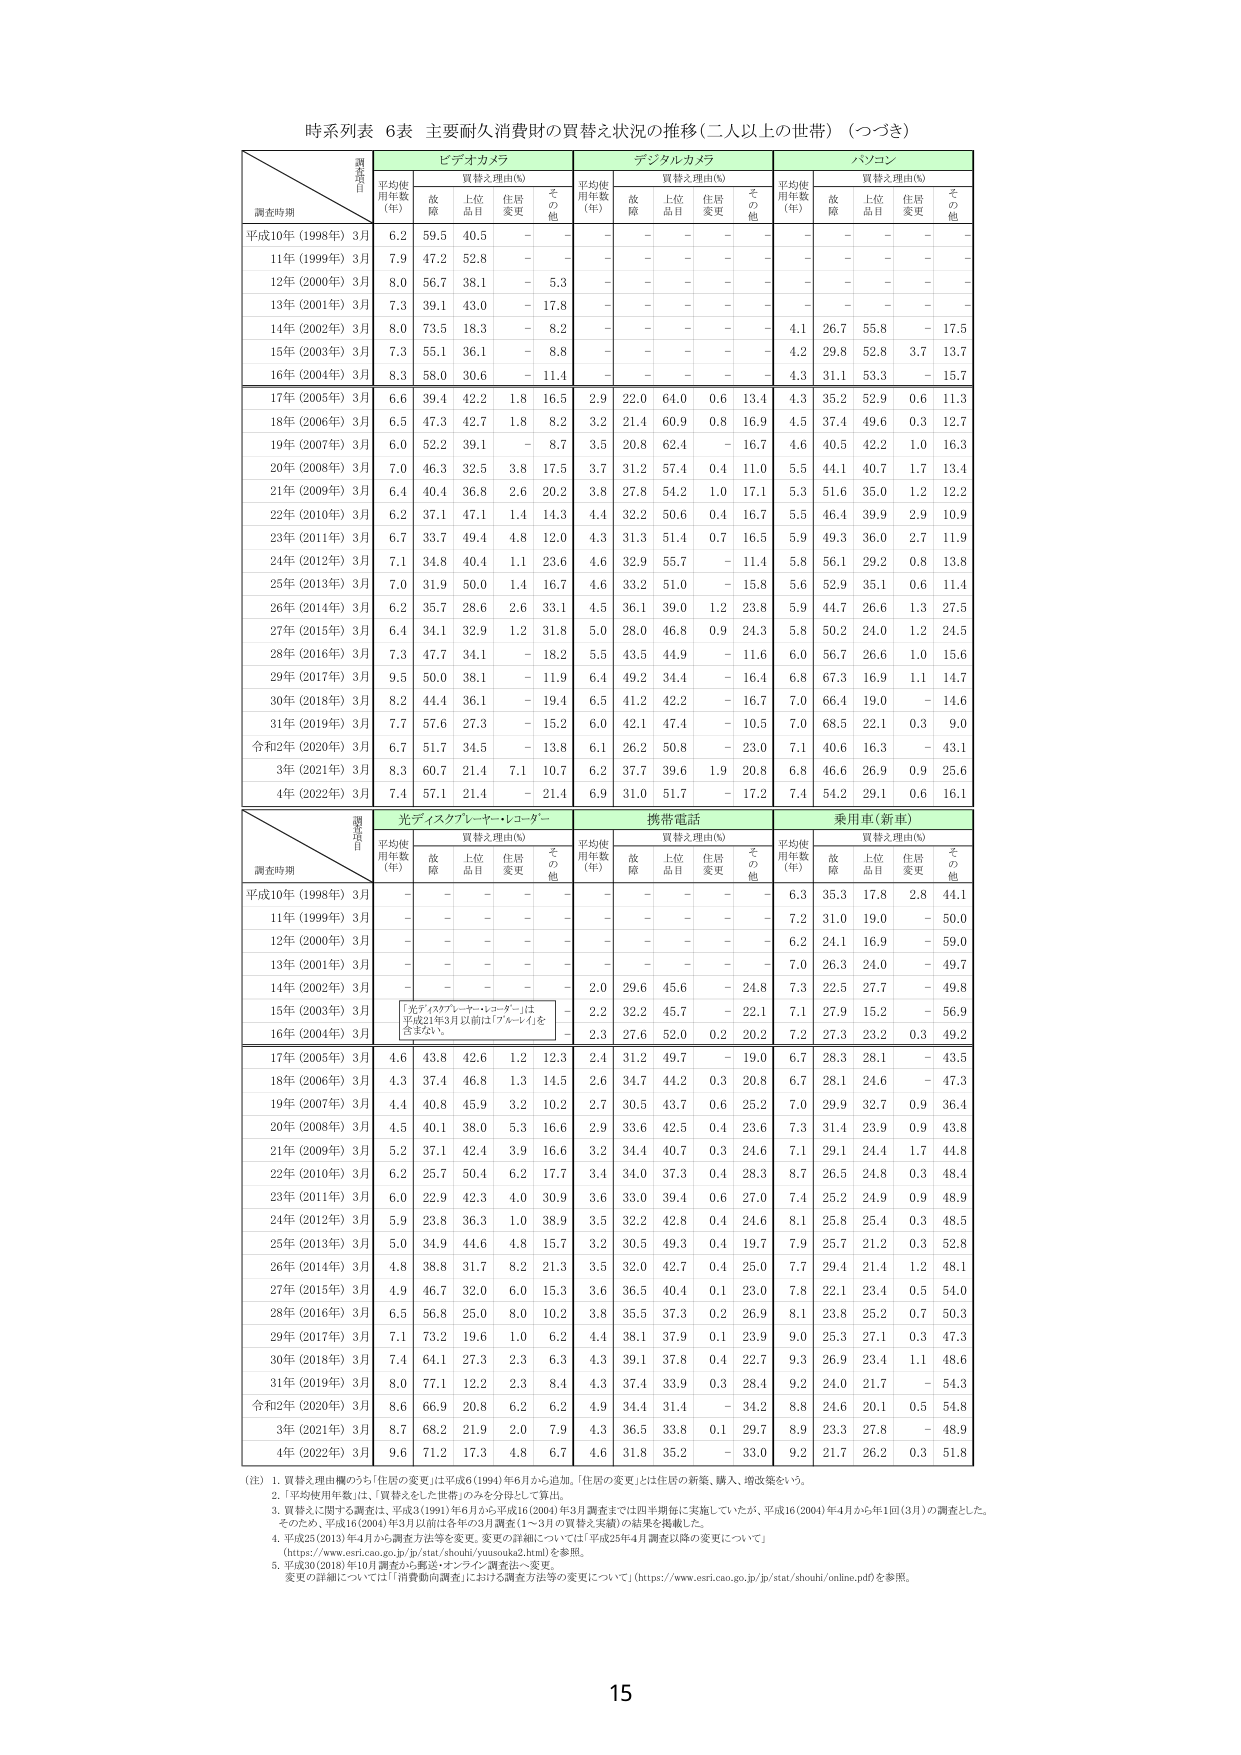
時系列表 6表 主要耐久消費財の買替え状況の推移（二人以上の世帯）（つづき）

調査項目
調査時期
ビデオカメラ
デジタルカメラ
パソコン
平均使用年数（年）
買替え理由（%）
平均使用年数（年）
買替え理由（%）
平均使用年数（年）
買替え理由（%）
故障
上位品目
住居変更
その他
故障
上位品目
住居変更
その他
故障
上位品目
住居変更
その他
平成10年（1998年）3月
6.2
59.5
40.5
－
－
－
－
－
－
－
－
－
－
－
－
－
－
－
11年（1999年）3月
7.9
47.2
52.8
－
－
－
－
－
－
－
－
－
－
－
－
－
－
－
12年（2000年）3月
8.0
56.7
38.1
－
5.3
－
－
－
－
－
－
－
－
－
－
－
－
－
13年（2001年）3月
7.3
39.1
43.0
－
17.8
－
－
－
－
－
－
－
－
－
－
－
－
－
14年（2002年）3月
8.0
73.5
18.3
－
8.2
－
－
－
－
－
4.1
26.7
55.8
－
17.5
15年（2003年）3月
7.3
55.1
36.1
－
8.8
－
－
－
－
－
4.2
29.8
52.8
3.7
13.7
16年（2004年）3月
8.3
58.0
30.6
－
11.4
－
－
－
－
－
4.3
31.1
53.3
－
15.7
17年（2005年）3月
6.6
39.4
42.2
1.8
16.5
2.9
22.0
64.0
0.6
13.4
4.3
35.2
52.9
0.6
11.3
18年（2006年）3月
6.5
47.3
42.7
1.8
8.2
3.2
21.4
60.9
0.8
16.9
4.5
37.4
49.6
0.3
12.7
19年（2007年）3月
6.0
52.2
39.1
－
8.7
3.5
20.8
62.4
－
16.7
4.6
40.5
42.2
1.0
16.3
20年（2008年）3月
7.0
46.3
32.5
3.8
17.5
3.7
31.2
57.4
0.4
11.0
5.5
44.1
40.7
1.7
13.4
21年（2009年）3月
6.4
40.4
36.8
2.6
20.2
3.8
27.8
54.2
1.0
17.1
5.3
51.6
35.0
1.2
12.2
22年（2010年）3月
6.2
37.1
47.1
1.4
14.3
4.4
32.2
50.6
0.4
16.7
5.5
46.4
39.9
2.9
10.9
23年（2011年）3月
6.7
33.7
49.4
4.8
12.0
4.3
31.3
51.4
0.7
16.5
5.9
49.3
36.0
2.7
11.9
24年（2012年）3月
7.1
34.8
40.4
1.1
23.6
4.6
32.9
55.7
－
11.4
5.8
56.1
29.2
0.8
13.8
25年（2013年）3月
7.0
31.9
50.0
1.4
16.7
4.6
33.2
51.0
－
15.8
5.6
52.9
35.1
0.6
11.4
26年（2014年）3月
6.2
35.7
28.6
2.6
33.1
4.5
36.1
39.0
1.2
23.8
5.9
44.7
26.6
1.3
27.5
27年（2015年）3月
6.4
34.1
32.9
1.2
31.8
5.0
28.0
46.8
0.9
24.3
5.8
50.2
24.0
1.2
24.5
28年（2016年）3月
7.3
47.7
34.1
－
18.2
5.5
43.5
44.9
－
11.6
6.0
56.7
26.6
1.0
15.6
29年（2017年）3月
9.5
50.0
38.1
－
11.9
6.4
49.2
34.4
－
16.4
6.8
67.3
16.9
1.1
14.7
30年（2018年）3月
8.2
44.4
36.1
－
19.4
6.5
41.2
42.2
－
16.7
7.0
66.4
19.0
－
14.6
31年（2019年）3月
7.7
57.6
27.3
－
15.2
6.0
42.1
47.4
－
10.5
7.0
68.5
22.1
0.3
9.0
令和2年（2020年）3月
6.7
51.7
34.5
－
13.8
6.1
26.2
50.8
－
23.0
7.1
40.6
16.3
－
43.1
3年（2021年）3月
8.3
60.7
21.4
7.1
10.7
6.2
37.7
39.6
1.9
20.8
6.8
46.6
26.9
0.9
25.6
4年（2022年）3月
7.4
57.1
21.4
－
21.4
6.9
31.0
51.7
－
17.2
7.4
54.2
29.1
0.6
16.1

調査項目
調査時期
光ディスクプレーヤー・レコーダー
携帯電話
乗用車（新車）
平均使用年数（年）
買替え理由（%）
平均使用年数（年）
買替え理由（%）
平均使用年数（年）
買替え理由（%）
故障
上位品目
住居変更
その他
故障
上位品目
住居変更
その他
故障
上位品目
住居変更
その他
平成10年（1998年）3月
－
－
－
－
－
－
－
－
－
－
6.3
35.3
17.8
2.8
44.1
11年（1999年）3月
－
－
－
－
－
－
－
－
－
－
7.2
31.0
19.0
－
50.0
12年（2000年）3月
－
－
－
－
－
－
－
－
－
－
6.2
24.1
16.9
－
59.0
13年（2001年）3月
－
－
－
－
－
－
－
－
－
－
7.0
26.3
24.0
－
49.7
14年（2002年）3月
－
－
－
－
－
2.0
29.6
45.6
－
24.8
7.3
22.5
27.7
－
49.8
15年（2003年）3月
「光ディスクプレーヤー・レコーダー」は平成21年3月以前は「ブルーレイ」を含まない。
－
2.2
32.2
45.7
－
22.1
7.1
27.9
15.2
－
56.9
16年（2004年）3月
－
－
－
－
－
2.3
27.6
52.0
0.2
20.2
7.2
27.3
23.2
0.3
49.2
17年（2005年）3月
4.6
43.8
42.6
1.2
12.3
2.4
31.2
49.7
－
19.0
6.7
28.3
28.1
－
43.5
18年（2006年）3月
4.3
37.4
46.8
1.3
14.5
2.6
34.7
44.2
0.3
20.8
6.7
28.1
24.6
－
47.3
19年（2007年）3月
4.4
40.8
45.9
3.2
10.2
2.7
30.5
43.7
0.6
25.2
7.0
29.9
32.7
0.9
36.4
20年（2008年）3月
4.5
40.1
38.0
5.3
16.6
2.9
33.6
42.5
0.4
23.6
7.3
31.4
23.9
0.9
43.8
21年（2009年）3月
5.2
37.1
42.4
3.9
16.6
3.2
34.4
40.7
0.3
24.6
7.1
29.1
24.4
1.7
44.8
22年（2010年）3月
6.2
25.7
50.4
6.2
17.7
3.4
34.0
37.3
0.4
28.3
8.7
26.5
24.8
0.3
48.4
23年（2011年）3月
6.0
22.9
42.3
4.0
30.9
3.6
33.0
39.4
0.6
27.0
7.4
25.2
24.9
0.9
48.9
24年（2012年）3月
5.9
23.8
36.3
1.0
38.9
3.5
32.2
42.8
0.4
24.6
8.1
25.8
25.4
0.3
48.5
25年（2013年）3月
5.0
34.9
44.6
4.8
15.7
3.2
30.5
49.3
0.4
19.7
7.9
25.7
21.2
0.3
52.8
26年（2014年）3月
4.8
38.8
31.7
8.2
21.3
3.5
32.0
42.7
0.4
25.0
7.7
29.4
21.4
1.2
48.1
27年（2015年）3月
4.9
46.7
32.0
6.0
15.3
3.6
36.5
40.4
0.1
23.0
7.8
22.1
23.4
0.5
54.0
28年（2016年）3月
6.5
56.8
25.0
8.0
10.2
3.8
35.5
37.3
0.2
26.9
8.1
23.8
25.2
0.7
50.3
29年（2017年）3月
7.1
73.2
19.6
1.0
6.2
4.4
38.1
37.9
0.1
23.9
9.0
25.3
27.1
0.3
47.3
30年（2018年）3月
7.4
64.1
27.3
2.3
6.3
4.3
39.1
37.8
0.4
22.7
9.3
26.9
23.4
1.1
48.6
31年（2019年）3月
8.0
77.1
12.2
2.3
8.4
4.3
37.4
33.9
0.3
28.4
9.2
24.0
21.7
－
54.3
令和2年（2020年）3月
8.6
66.9
20.8
6.2
6.2
4.9
34.4
31.4
－
34.2
8.8
24.6
20.1
0.5
54.8
3年（2021年）3月
8.7
68.2
21.9
2.0
7.9
4.3
36.5
33.8
0.1
29.7
8.9
23.3
27.8
－
48.9
4年（2022年）3月
9.6
71.2
17.3
4.8
6.7
4.6
31.8
35.2
－
33.0
9.2
21.7
26.2
0.3
51.8

（注）
1. 買替え理由欄のうち「住居の変更」は平成6（1994）年6月から追加。「住居の変更」とは住居の新築、購入、増改築をいう。
2. 「平均使用年数」は、「買替えをした世帯」のみを分母として算出。
3. 買替えに関する調査は、平成3（1991）年6月から平成16（2004）年3月調査までは四半期毎に実施していたが、平成16（2004）年4月から年1回（3月）の調査とした。そのため、平成16（2004）年3月以前は各年の3月調査（1～3月の買替え実績）の結果を掲載した。
4. 平成25（2013）年4月から調査方法等を変更。変更の詳細については「平成25年4月調査以降の変更について」（https://www.esri.cao.go.jp/jp/stat/shouhi/yunsouka2.html）を参照。
5. 平成30（2018）年10月調査から郵送・オンライン調査法へ変更。変更の詳細については「消費動向調査における調査方法等の変更について」（https://www.esri.cao.go.jp/jp/stat/shouhi/online.pdf）を参照。

15